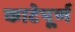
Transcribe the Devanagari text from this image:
काटेपूर्ण